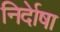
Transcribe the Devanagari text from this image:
निर्देाषा